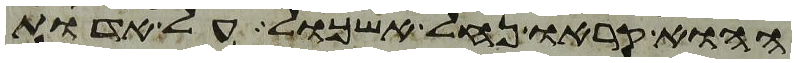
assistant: ההוא קראו נחל אשכול על אדות